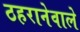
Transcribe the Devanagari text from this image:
ठहरानेवाले